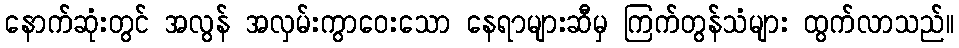
နောက်ဆုံးတွင် အလွန် အလှမ်းကွာဝေးသော နေရာများဆီမှ ကြက်တွန်သံများ ထွက်လာသည်။